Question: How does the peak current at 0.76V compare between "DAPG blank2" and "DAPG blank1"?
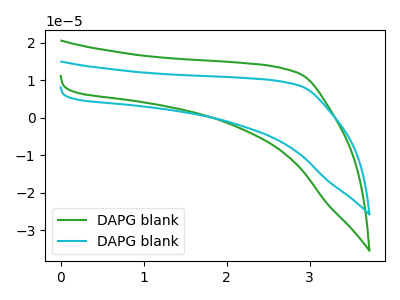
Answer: <think>The green curve "DAPG blank1" has no peaks. The cyan curve "DAPG blank2" has no peaks.</think>
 <answer>"DAPG blank2" and "DAPG blank1" dont share a peak at 0.76V.</answer>
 <eval>mismatch</eval>